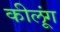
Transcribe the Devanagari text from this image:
कीलूंग